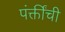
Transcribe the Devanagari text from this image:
पंक्तींची